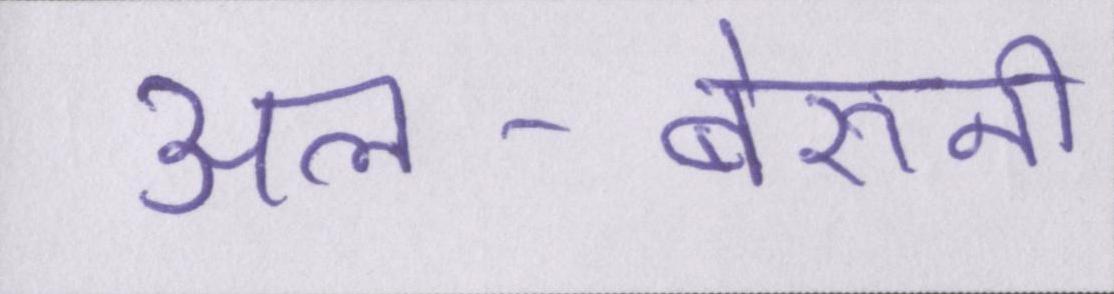
अल-बेरुनी